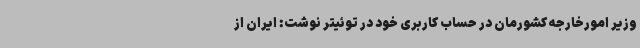
وزیر امورخارجه کشورمان در حساب کاربری خود در توئیتر نوشت: ایران از